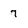
Character: 7